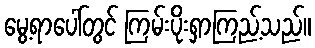
မွေ့ရာပေါ်တွင် ကြမ်းပိုးရှာကြည့်သည်။